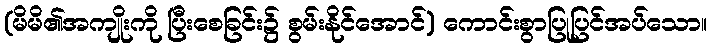
(မိမိ၏အကျိုးကို ပြီးစေခြင်း၌ စွမ်းနိုင်အောင်) ကောင်းစွာပြုပြင်အပ်သော။